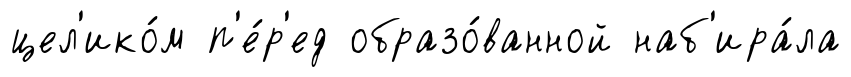
цел'ико́м п'е́р'ед образо́ванной наб'ира́ла